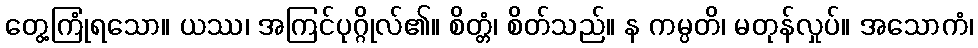
တွေ့ကြုံရသော။ ယဿ၊ အကြင်ပုဂ္ဂိုလ်၏။ စိတ္တံ၊ စိတ်သည်။ န ကမ္ပတိ၊ မတုန်လှုပ်။ အသောကံ၊